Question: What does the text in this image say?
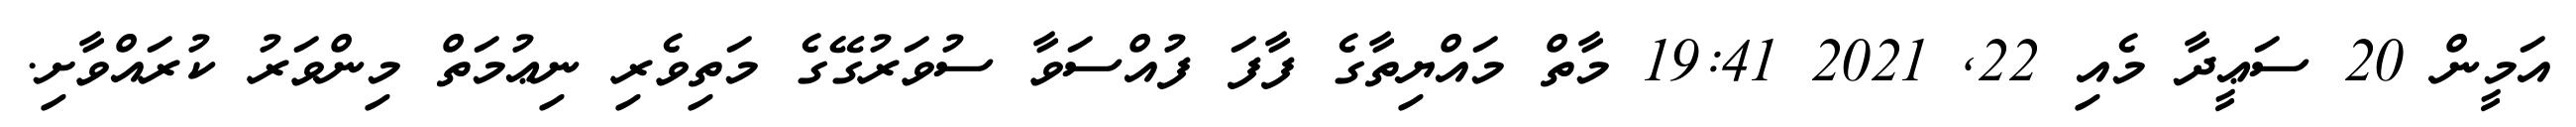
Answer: އަމީން 20 ސަޢީދާ މެއި 22, 2021 19:41 މާތް މައްޔިތާގެ ފާފަ ފުއްސަވާ ސުވަރުގޭގެ މަތިވެރި ނިޢުމަތް މިންވަރު ކުރައްވާށި.